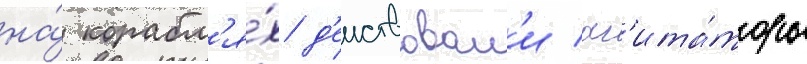
на́ корабл'я́х д'еиствовал'и аг'ита́торы